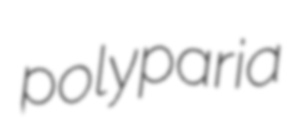
polyparia